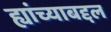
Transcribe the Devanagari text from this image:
ह्यांच्याबद्दल